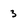
Character: 3